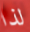
لذا